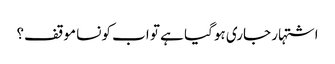
اشتہار جاری ہوگیا ہے تو اب کونسا موقف؟